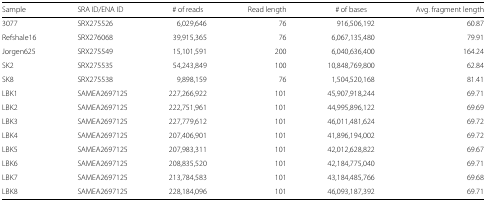
<table><thead><tr><td><b>Sample</b></td><td><b>SRA ID/ENA ID</b></td><td><b># of reads</b></td><td><b>Read length</b></td><td><b># of bases</b></td><td><b>Avg. fragment length</b></td></tr></thead><tbody><tr><td>3077</td><td>SRX275526</td><td>6,029,646</td><td>76</td><td>916,506,192</td><td>60.87</td></tr><tr><td>Refshale16</td><td>SRX276068</td><td>39,915,365</td><td>76</td><td>6,067,135,480</td><td>79.91</td></tr><tr><td>Jorgen625</td><td>SRX275549</td><td>15,101,591</td><td>200</td><td>6,040,636,400</td><td>164.24</td></tr><tr><td>SK2</td><td>SRX275535</td><td>54,243,849</td><td>100</td><td>10,848,769,800</td><td>62.84</td></tr><tr><td>SK8</td><td>SRX275538</td><td>9,898,159</td><td>76</td><td>1,504,520,168</td><td>81.41</td></tr><tr><td>LBK1</td><td>SAMEA2697125</td><td>227,266,922</td><td>101</td><td>45,907,918,244</td><td>69.71</td></tr><tr><td>LBK2</td><td>SAMEA2697125</td><td>222,751,961</td><td>101</td><td>44,995,896,122</td><td>69.69</td></tr><tr><td>LBK3</td><td>SAMEA2697125</td><td>227,779,612</td><td>101</td><td>46,011,481,624</td><td>69.72</td></tr><tr><td>LBK4</td><td>SAMEA2697125</td><td>207,406,901</td><td>101</td><td>41,896,194,002</td><td>69.72</td></tr><tr><td>LBK5</td><td>SAMEA2697125</td><td>207,983,311</td><td>101</td><td>42,012,628,822</td><td>69.67</td></tr><tr><td>LBK6</td><td>SAMEA2697125</td><td>208,835,520</td><td>101</td><td>42,184,775,040</td><td>69.71</td></tr><tr><td>LBK7</td><td>SAMEA2697125</td><td>213,784,583</td><td>101</td><td>43,184,485,766</td><td>69.68</td></tr><tr><td>LBK8</td><td>SAMEA2697125</td><td>228,184,096</td><td>101</td><td>46,093,187,392</td><td>69.71</td></tr></tbody></table>